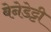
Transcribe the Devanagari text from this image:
बेनेडेट्टी